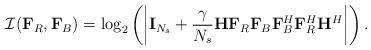
LaTeX: \begin{align*} \mathcal{I}(\mathbf{F}_R, \mathbf{F}_B) = \log_2 \left( \left| \mathbf{I}_{N_s} + \frac{\gamma}{N_s}\mathbf{H} \mathbf{F}_R\mathbf{F}_B \mathbf{F}_B^H\mathbf{F}_R^H \mathbf{H}^H \right| \right).\end{align*}